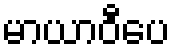
မာယာဝီပေ